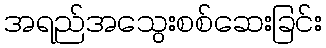
အရည်အသွေးစစ်ဆေးခြင်း